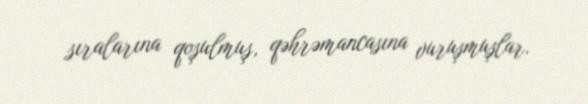
sıralarına qoşulmuş, qəhrəmancasına vuruşmuşlar.